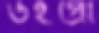
উইপ্রো